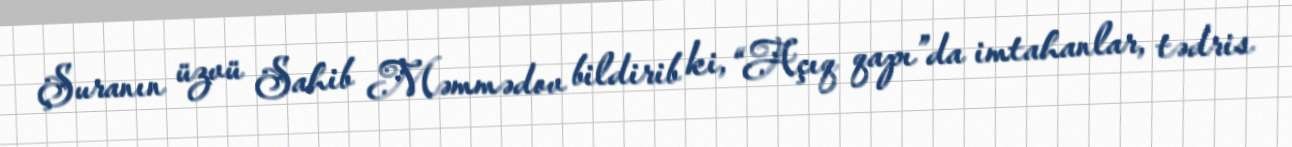
Şuranın üzvü Sahib Məmmədov bildirib ki, “Açıq qapı”da imtahanlar, tədris